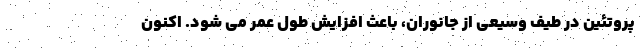
پروتئین در طیف وسیعی از جانوران، باعث افزایش طول عمر می شود. اکنون